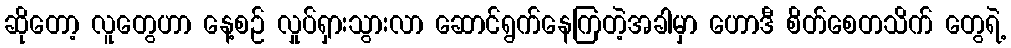
ဆိုတော့ လူတွေဟာ နေ့စဉ် လှုပ်ရှားသွားလာ ဆောင်ရွက်နေကြတဲ့အခါမှာ ဟောဒီ စိတ်စေတသိက် တွေရဲ့